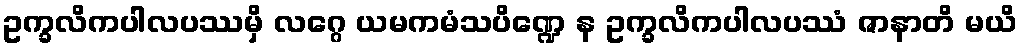
ဥက္ခလိကပါလပဿမှိ လဂ္ဂေ ယမကမံသပိဏ္ဍေ န ဥက္ခလိကပါလပဿံ ဇာနာတိ မယိ